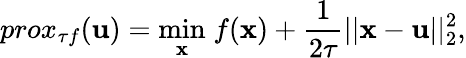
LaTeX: prox_{\tau f}(\mathbf{u})=\underset{\mathbf{x}}{\mathrm{min}}\; f(\mathbf{x})+\frac{1}{2\tau}||\mathbf{x}-\mathbf{u}||_{2}^{2},